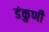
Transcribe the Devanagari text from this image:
डंकुणी